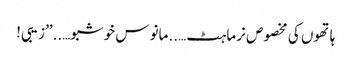
ہاتھوں کی مخصوص نرماہٹ …..مانوس خوشبو…..’’زیبی!